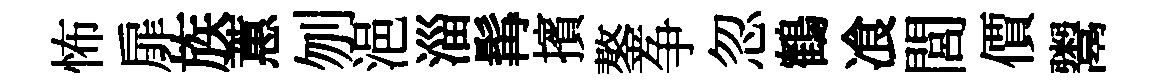
怖扉族蕙刎浥淄髯擯鏊争忽鶴飡閭價鬻